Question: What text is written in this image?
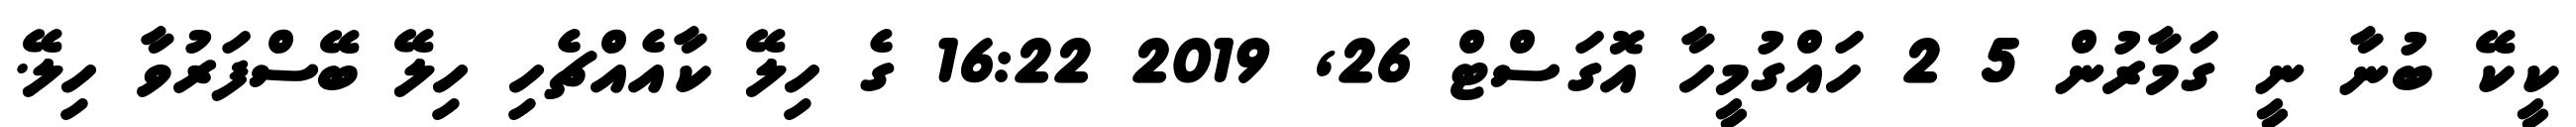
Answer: ކީކޭ ބުނާ ނީ ގަމާރުން 5 2 ހައްގުމީހާ އޮގަސްޓް 26, 2019 16:22 ގެ ހިލޭ ކާއެއްޗެހި ހިލޭ ބޭސްފަރުވާ ހިލޭ.